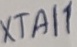
Text: XTAI1